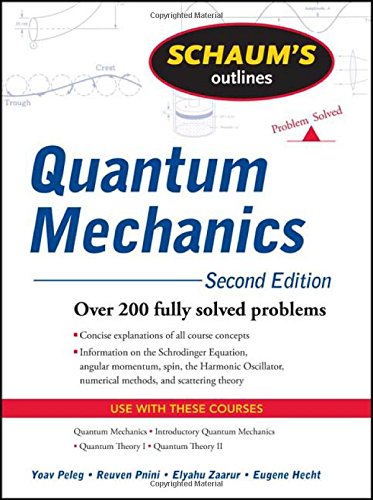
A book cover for Schaum's Outline of Quantum Mechanics, Second Edition (Schaum's Outlines); Yoav Peleg; Science & Math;